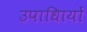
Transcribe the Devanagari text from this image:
उपाधिायों